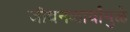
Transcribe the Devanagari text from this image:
जीवनकार्यांमुळे